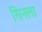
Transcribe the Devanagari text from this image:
सिनला